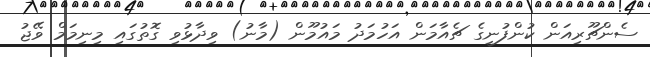
ސެންޗޫރިއަން ކުންފުނީގެ ޗެއާމަން އަހުމަދު މައުމޫން (މާނު) ވިދާޅުވި ގޮތުގައި މިނިމަމް ވޭޖު